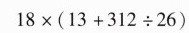
$$1 8 \times ( 1 3 + 3 1 2 \div 2 6 )$$